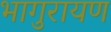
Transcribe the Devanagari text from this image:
भागुरायण